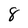
Character: 8